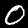
Digit: 0